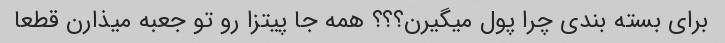
برای بسته بندی چرا پول میگیرن؟؟؟ همه جا پیتزا رو تو جعبه میذارن قطعا